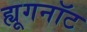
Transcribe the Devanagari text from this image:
ह्यूगनॉट